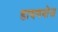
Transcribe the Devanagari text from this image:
डायगनोज